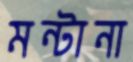
মন্টানা